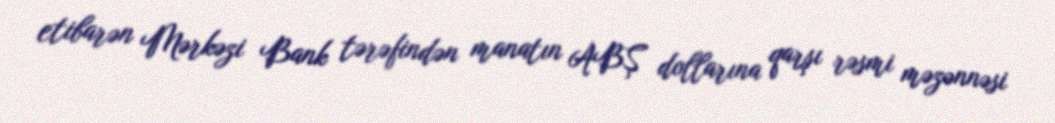
etibarən Mərkəzi Bank tərəfindən manatın ABŞ dollarına qarşı rəsmi məzənnəsi